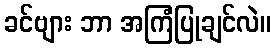
ခင်ဗျား ဘာ အကြံပြုချင်လဲ။